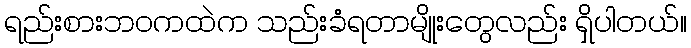
ရည်းစားဘဝကထဲက သည်းခံရတာမျိုးတွေလည်း ရှိပါတယ်။